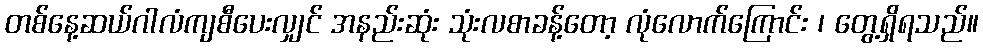
တစ်နေ့ဆယ်ဂါလံကျစီပေးလျှင် အနည်းဆုံး သုံးလစာခန့်တော့ လုံလောက်ကြောင်း ၊ တွေ့ရှိရသည်။